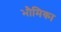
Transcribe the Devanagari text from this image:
भौमिका